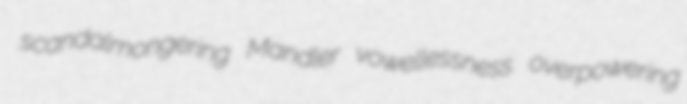
scandalmongering Mandler vowellessness overpowering